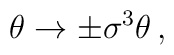
\theta \rightarrow \pm\sigma^{3}\theta\,,